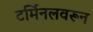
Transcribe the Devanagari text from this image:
टर्मिनलवरून